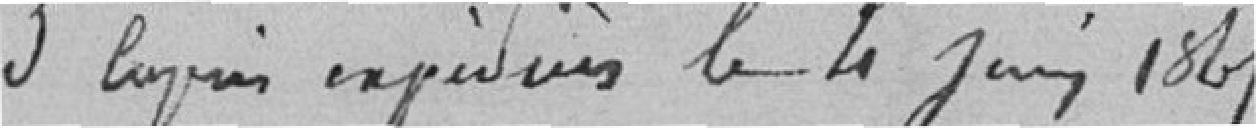
3 copies expédiées le 4 juin 1865